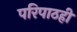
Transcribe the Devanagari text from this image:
परिपाठही